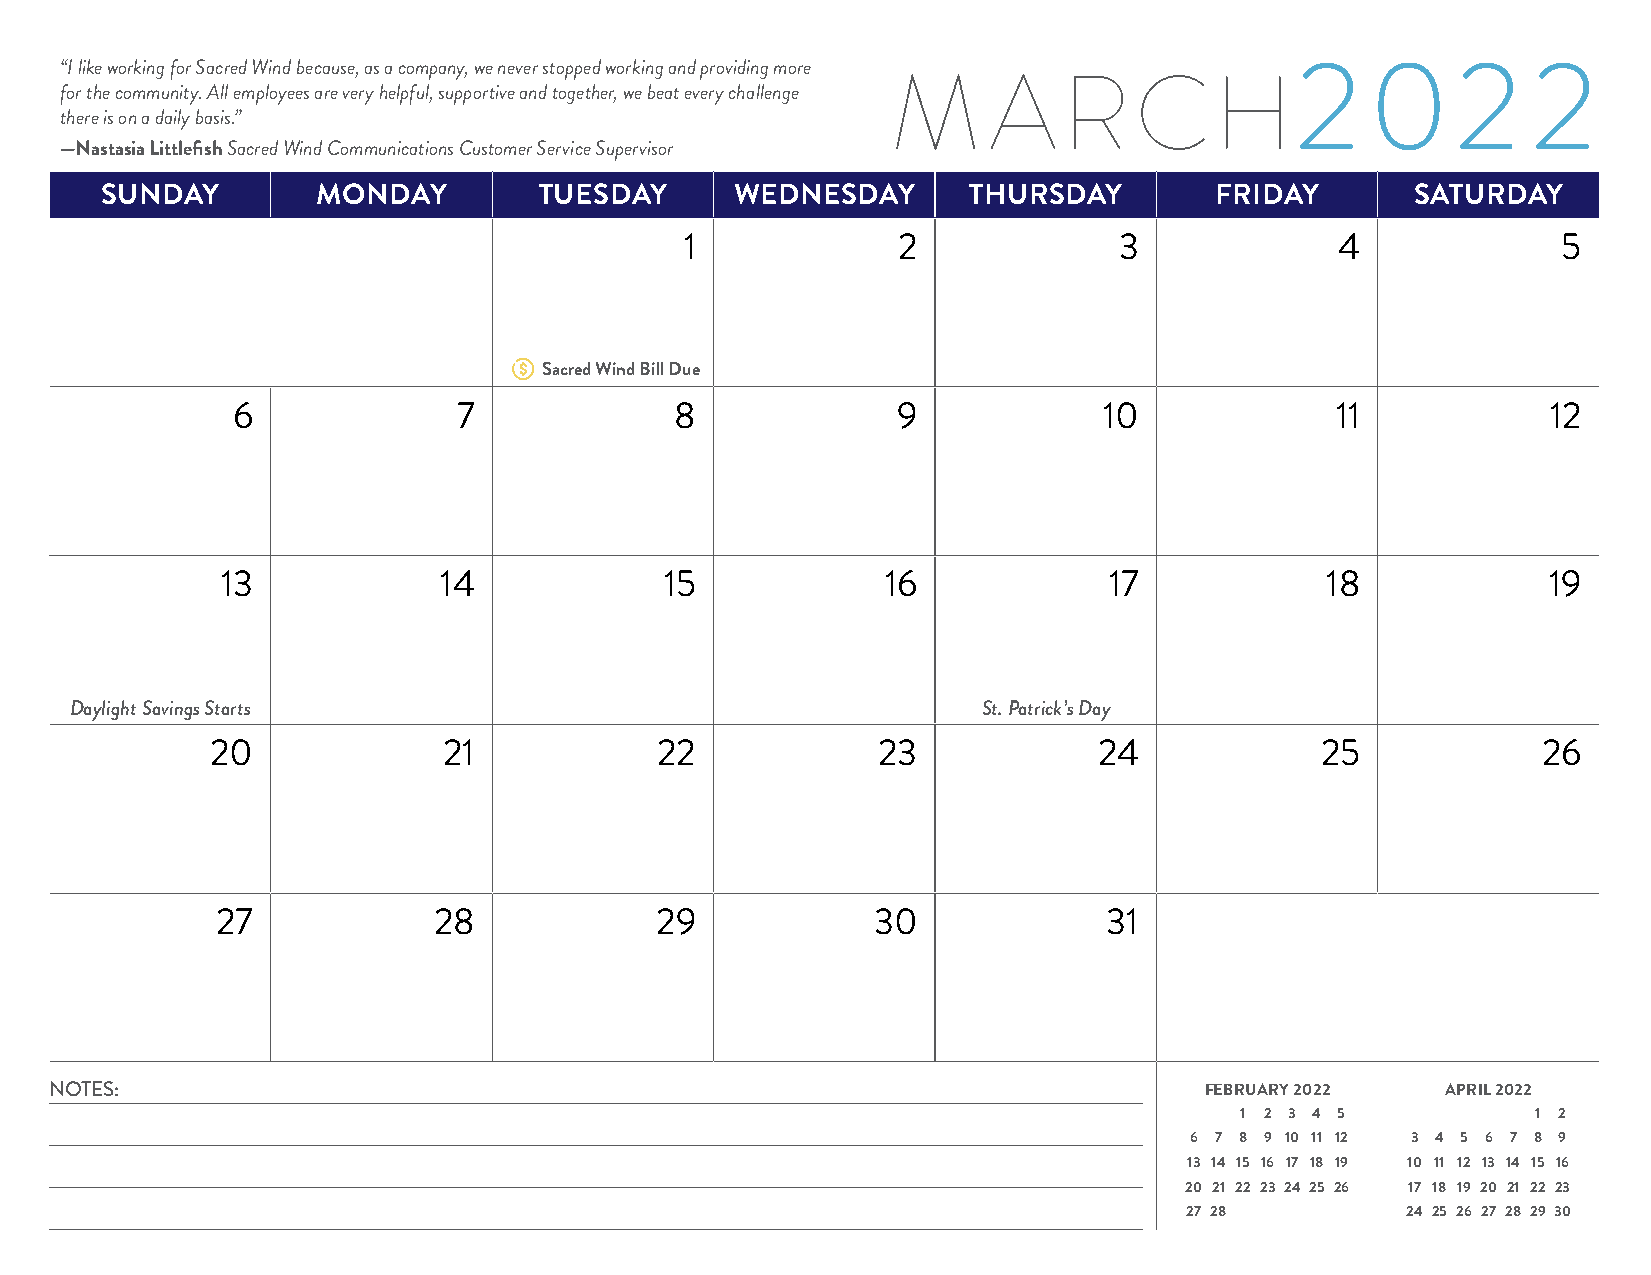
“I like working for Sacred Wind because, as a company, we never stopped working and providing more 2 02 2
 M     ARCH
 for the community. All employees are very helpful, supportive and together, we beat every challenge
 there is on a daily basis.”
 —Nastasia Littlefish Sacred Wind Communications Customer Service Supervisor
 SUNDAY        MONDAY         TUESDAY      WEDNESDAY      THURSDAY        FRIDAY        SATURDAY
 1             2              3              4             5
 Sacred Wind Bill Due
 6              7              8             9             10             11             12
 13            14             15             16            17             18            19
 Daylight Savings Starts                                     St. Patrick’s Day
 20             21            22             23             24            25             26
 27             28            29             30             31
 NOTES:                                                                       FEBRUARY 2022   APRIL 2022
 1 2 3 4 5           1 2
 6 7 8 9 10 11 12 3 4 5 6 7 8 9
 13 14 15 16 17 18 19 10 11 12 13 14 15 16
 20 21 22 23 24 25 26 17 18 19 20 21 22 23
 27 28          24 25 26 27 28 29 30